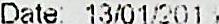
DATE: 13/01/2018